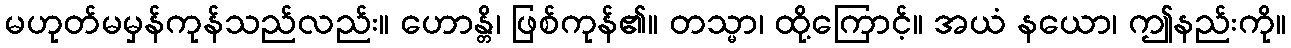
မဟုတ်မမှန်ကုန်သည်လည်း။ ဟောန္တိ၊ ဖြစ်ကုန်၏။ တသ္မာ၊ ထို့ကြောင့်။ အယံ နယော၊ ဤနည်းကို။